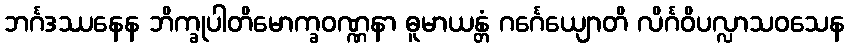
ဘင်္ဂဒဿနေန ဘိက္ခုပါတိမောက္ခဝဏ္ဏနာ ဓူမာယန္တံ ဂင်္ဂေယျောတိ လိင်္ဂဝိပလ္လာသဝသေန